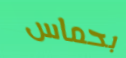
بحماس